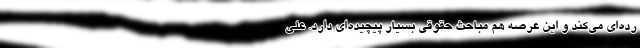
رده‌ای می‌کند و این عرصه هم مباحث حقوقی بسیار پیچیده‌ای دارد. علی